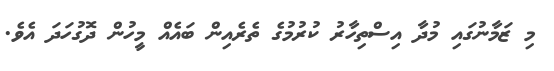
މި ޒަމާނުގައި މުދާ އިސްތިހާރު ކުރުމުގެ ތެރެއިން ބައެއް މީހުން ދޮގުހަދަ އެވެ.